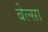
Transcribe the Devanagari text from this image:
बेल्सा